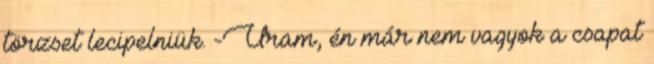
törzset lecipelniük. -Uram, én már nem vagyok a csapat